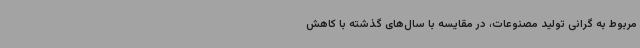
مربوط به گرانی تولید مصنوعات، در مقایسه با سال‌های گذشته با کاهش